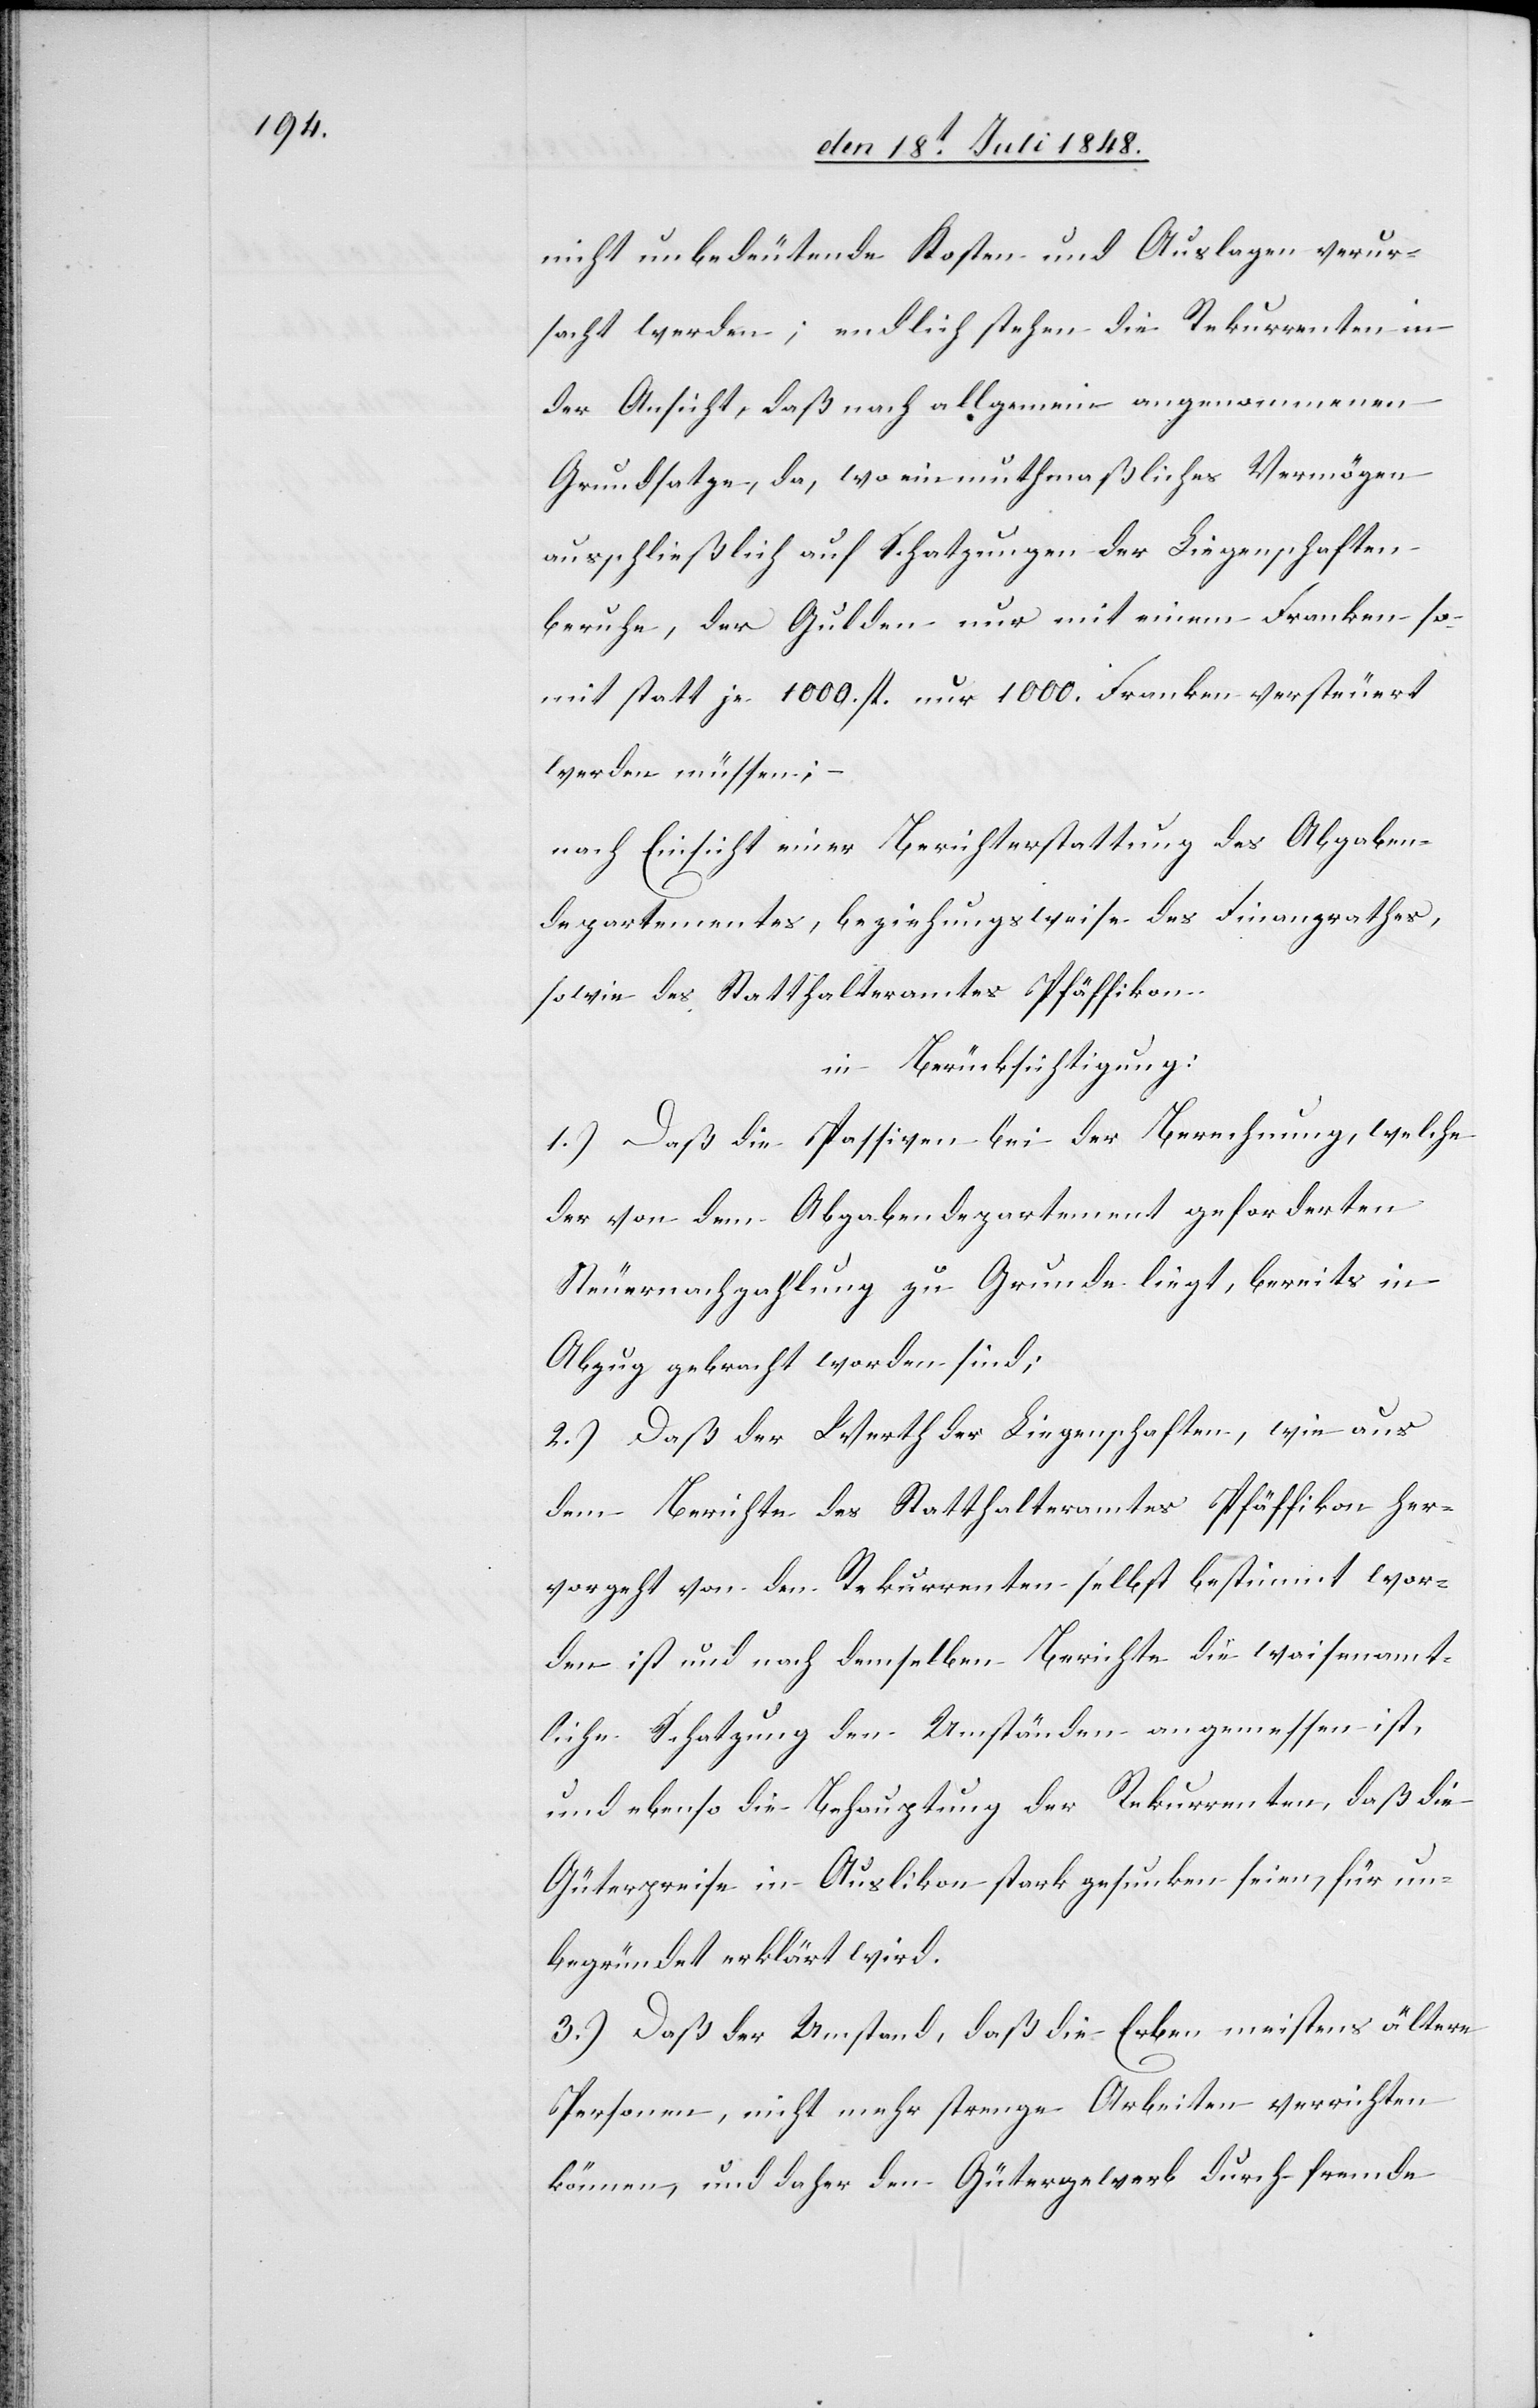
nicht unbedeutende Kosten und Auslagen verur¬
sacht werden; endlich stehen die Rekurrenten in
der Ansicht, daß nach allgemein angenommenen
Grundsatze, da, wo ein muthmaßliches Vermögen
ausschließlich auf Schatzungen der Liegenschaften
beruhe, der Gulden nur mit einem Franken so¬
mit statt je 1000. fl. nur 1000. Franken versteuert
werden müssen;
nach Einsicht einer Berichterstattung des Abgaben¬
departementes, beziehungsweise des Finanzrathes
sowie des Statthalteramtes Pfäffikon
in Berücksichtigung:
1.) Daß die Passiven bei der Berechnung, welche
der von dem Abgabendepartement geforderten
Steuernachzahlung zu Grunde liegt, bereits in
Abzug gebracht worden sind;
2.) Daß der Werth der Liegenschaften, wie aus
dem Berichte des Statthalteramtes Pfäffikon her¬
vorgeht von den Rekurrenten selbst bestimmt wor¬
den ist und nach demselben Berichte die waisenamt¬
liche Schatzung den Umständen angemessen ist,
und ebenso die Behauptung der Rekurrenten, daß die
Güterpreise in Auslikon stark gesunken seien, für un¬
begründet erklärt wird.
3.) Daß der Umstand, daß die Erben meistens ältere
Personen, nicht mehr strenge Arbeiten verrichten
können, und daher den Gütergewerb durch fremde